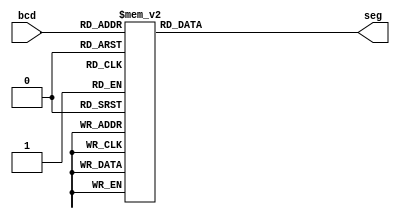

////////////////Behavioural level//////////////////////////////
module BCD_7SEG(bcd,seg);
     input [3:0] bcd;
     output [7:0] seg;
     reg [7:0] seg;
    always @(bcd)
    begin
        case (bcd)
            0: seg = 8'b11000000;   //when bcd = 0
                   1: seg = 8'b11111001;   //when bcd = 1
                   2: seg = 8'b10100100;   //when bcd = 2
                   3: seg = 8'b10110000;   //when bcd = 3
                   4: seg = 8'b10011001;   //when bcd = 4
                   5: seg = 8'b10010010;   //when bcd = 5
                   6: seg = 8'b10000010;   //when bcd = 6
                   7: seg = 8'b11111000;   //when bcd = 7
                   8: seg = 8'b10000000;   //when bcd = 8
                   9: seg = 8'b10010000;   //when bcd = 9
                   default: seg=8'b11111111;
        endcase
    end
endmodule